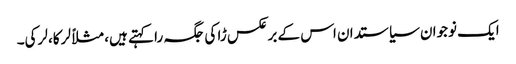
ایک نوجوان سیاستدان اس کے برعکس ڑا کی جگہ را کہتے ہیں، مثلاً لرکا، لرکی۔